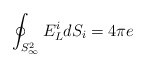
\begin{align*}\oint _{S^2_{\infty}} E^i_L dS_i = 4 \pi e\end{align*}